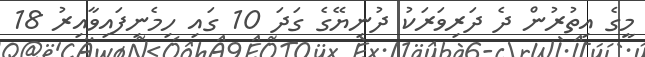
މީގެ އިތުރުން ދެ ދަރިވަރަކު ދުނިޔޭގެ ގަދަ 10 ގައި ހިމެނިފައިވާއިރު 18